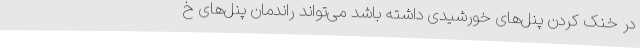
در خنک کردن پنل‌های خورشیدی داشته باشد می‌تواند راندمان پنل‌های خ